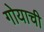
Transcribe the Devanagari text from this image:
गोयाची